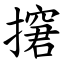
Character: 㩈